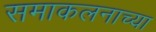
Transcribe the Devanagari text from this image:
समाकलनाच्या